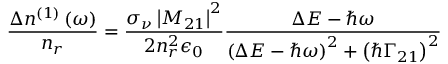
\frac { \Delta n ^ { ( 1 ) } \left( \omega \right) } { n _ { r } } = \frac { \sigma _ { \nu } \left\vert M _ { 2 1 } \right\vert ^ { 2 } } { 2 n _ { r } ^ { 2 } \epsilon _ { 0 } } \frac { \Delta E - \hslash \omega } { \left( \Delta E - \hslash \omega \right) ^ { 2 } + \left( \hslash \Gamma _ { 2 1 } \right) ^ { 2 } }